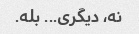
نه، دیگری... بله.